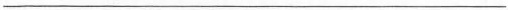
___